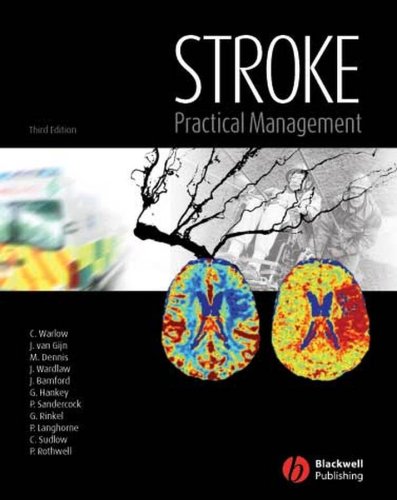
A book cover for Stroke: Practical Management; Charles P. Warlow; Health, Fitness & Dieting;